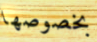
بخصوصها